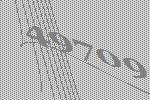
49709